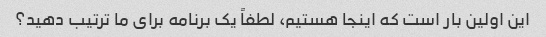
این اولین بار است که اینجا هستیم، لطفاً یک برنامه برای ما ترتیب دهید؟